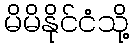
မိမိနိုင်ငံသို့